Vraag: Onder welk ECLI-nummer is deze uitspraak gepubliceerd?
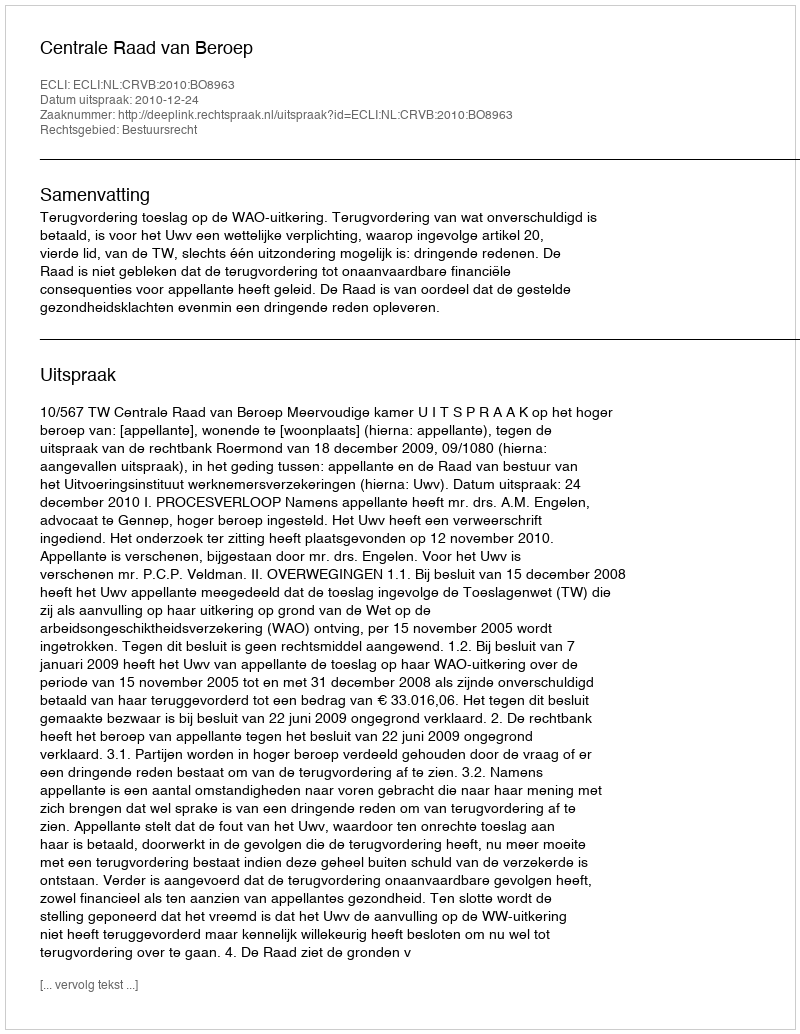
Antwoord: ECLI:NL:CRVB:2010:BO8963